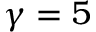
\gamma = 5